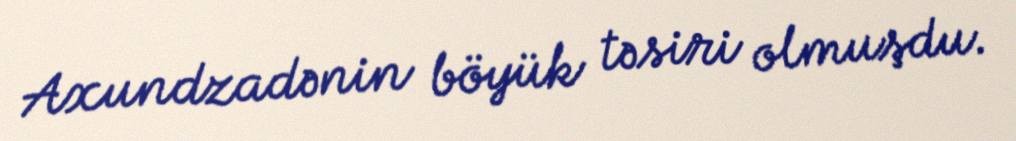
Axundzadənin böyük təsiri olmuşdu.